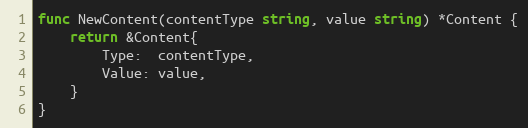
Language: Go
func NewContent(contentType string, value string) *Content {
	return &Content{
		Type:  contentType,
		Value: value,
	}
}